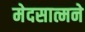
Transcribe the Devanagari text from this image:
मेदसात्मने